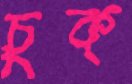
চুক্